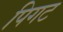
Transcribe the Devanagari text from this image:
पिगट